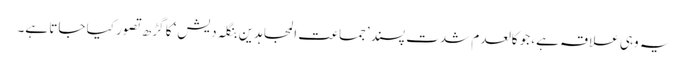
یہ وہی علاقہ ہے، جو کالعدم شدت پسند ’جماعت المجاہدین بنگلہ دیش‘ کا گڑھ تصور کیا جاتا ہے۔